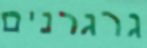
גרגרנים